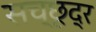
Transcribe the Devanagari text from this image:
सच्छूद्र